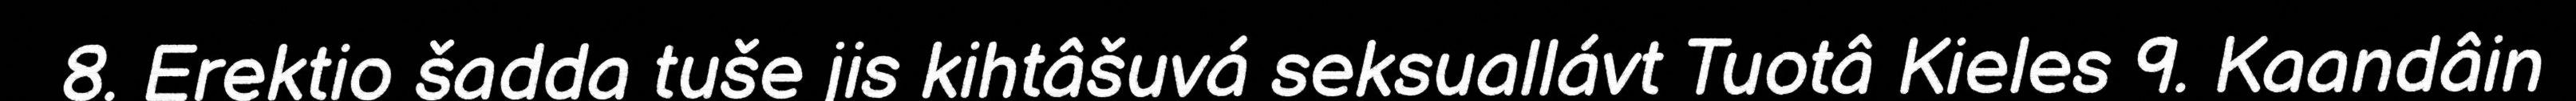
8. Erektio šadda tuše jis kihtâšuvá seksuallávt Tuotâ Kieles 9. Kaandâin